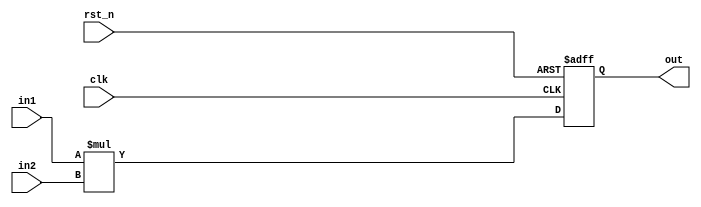
module bb_3X3 (
  input clk,
  input rst_n,
  input [2:0] in1,
  input [2:0] in2,
  output [5:0] out
);

reg [5:0] out;
always @ (posedge clk or negedge rst_n) begin
  if (rst_n == 1'b0) begin
    out <= 6'b0;
  end else begin
    out <= in1 * in2;
  end
end

endmodule